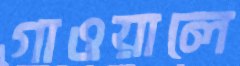
গাওয়ালে